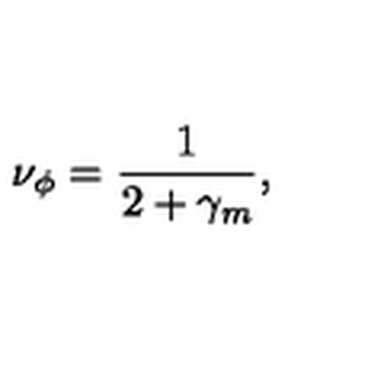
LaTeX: \nu _ { \phi } = \frac { 1 } { 2 + \gamma _ { m } } ,